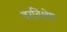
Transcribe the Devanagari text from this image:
वरविशेष